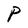
Character: P